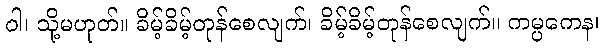
ဝါ၊ သို့မဟုတ်။ ခိမ့်ခိမ့်တုန်စေလျက်၊ ခိမ့်ခိမ့်တုန်စေလျက်။ ကမ္ပကေန၊